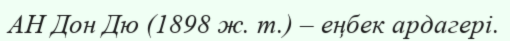
АН Дон Дю (1898 ж. т.) – еңбек ардагері.